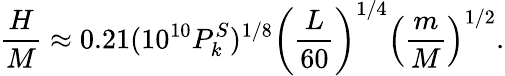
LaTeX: {\frac{H}{M}}\approx 0.21(10^{10}P_{k}^{S})^{1/8}\left({\frac{L}{60}}\right)^{1/4}\left({\frac{m}{M}}\right)^{1/2}.